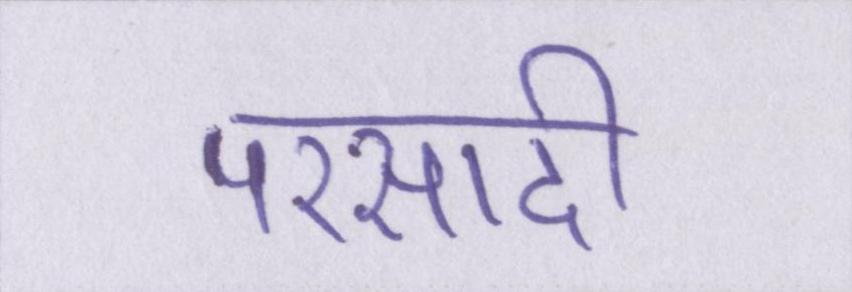
परसादी